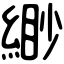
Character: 緲